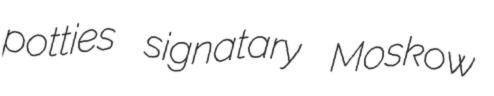
potties signatary Moskow